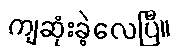
ကျဆုံးခဲ့လေပြီ။